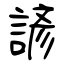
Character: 諺